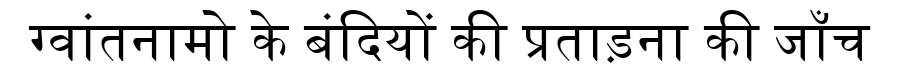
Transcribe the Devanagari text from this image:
ग्वांतनामो के बंदियों की प्रताड़ना की जाँच